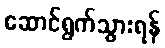
ဆောင်ရွက်သွားရန်